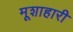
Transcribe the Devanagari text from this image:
मूशाहारी